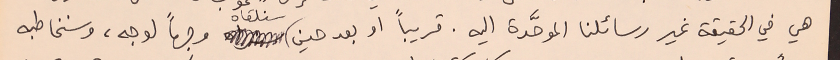
هي في الحقيقة غير رسائلنا الموحَّدة اليه. قريباً او بعد حين سنلقاه وجهاً لوجه، وسنخاطبه